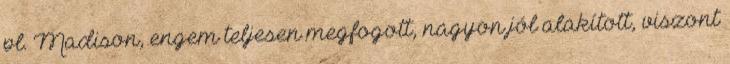
pl. Madison, engem teljesen megfogott, nagyon jól alakított, viszont